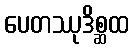
ပေတဿုဒိစ္ဆထ